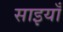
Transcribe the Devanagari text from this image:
साइयाँ